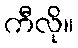
ကီလို။